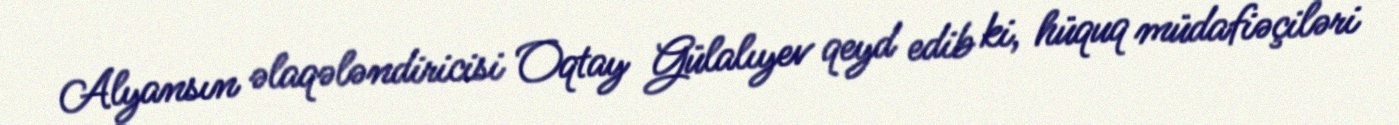
Alyansın əlaqələndiricisi Oqtay Gülalıyev qeyd edib ki, hüquq müdafiəçiləri